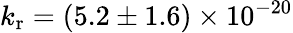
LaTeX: k_{\mathrm{r}}=(5.2\pm 1.6)\times 10^{-20}